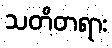
သတိတရား